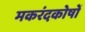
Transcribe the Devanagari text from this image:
मकरंदकोषों